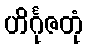
ဟိင်္ဂုဇတုံ